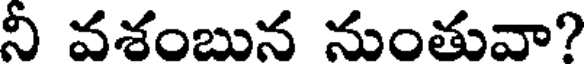
నీ వశంబున నుంతువా?